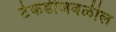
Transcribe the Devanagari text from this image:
टेकडीजवळील